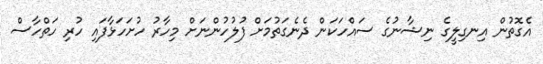
އެގޮތުން އިނގިލީގެ ނިޝާނުގެ ސައްހަކަން ދެނެގަތުމަށް ފުލުހުންނަށް މިހާރު ހުށަހަޅާފައި ހުރި ހަތްހާސް